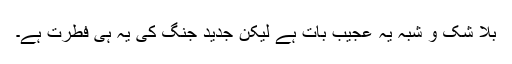
بلا شک و شبہ یہ عجیب بات ہے لیکن جدید جنگ کی یہ ہی فطرت ہے۔